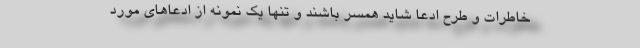
خاطرات و طرح ادعا شاید همسر باشند و تنها یک نمونه از ادعاهای مورد